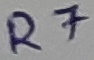
Text: R7